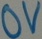
Text: 0V